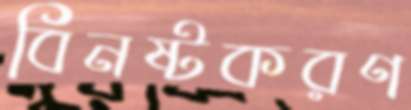
বিনষ্টকরণ